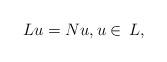
LaTeX: \begin{align*}Lu = Nu, u\in \,L,\end{align*}